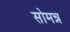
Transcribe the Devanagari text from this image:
सोमन्न